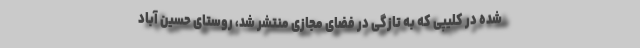
شده در کلیپی که به تازگی در فضای مجازی منتشر شد، روستای حسین آباد